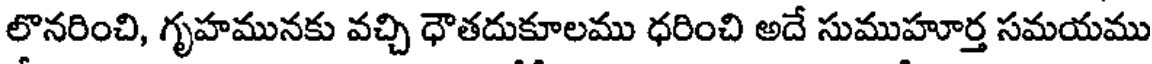
లొనరించి, గృహమునకు వచ్చి ధౌతదుకూలము ధరించి అదే సుముహూర్త సమయము